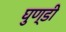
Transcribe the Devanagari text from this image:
घुण्डी